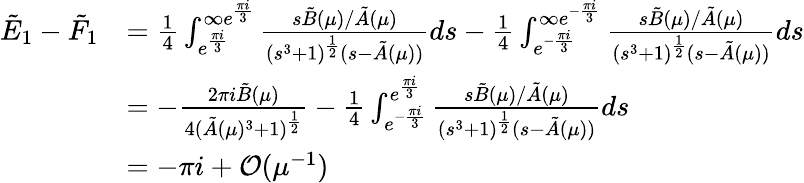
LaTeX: \begin{array}{rl}{\tilde{E}_{1}-\tilde{F}_{1}}&{=\frac{1}{4}\int_{e^{\frac{\pi i}{3}}}^{\infty e^{\frac{\pi i}{3}}}\frac{s\tilde{B}(\mu)/\tilde{A}(\mu)}{(s^{3}+1)^{\frac{1}{2}}(s-\tilde{A}(\mu))}ds-\frac{1}{4}\int_{e^{-\frac{\pi i}{3}}}^{\infty e^{-\frac{\pi i}{3}}}\frac{s\tilde{B}(\mu)/\tilde{A}(\mu)}{(s^{3}+1)^{\frac{1}{2}}(s-\tilde{A}(\mu))}ds}\\ &{=-\frac{2\pi i\tilde{B}(\mu)}{4(\tilde{A}(\mu)^{3}+1)^{\frac{1}{2}}}-\frac{1}{4}\int_{e^{-\frac{\pi i}{3}}}^{e^{\frac{\pi i}{3}}}\frac{s\tilde{B}(\mu)/\tilde{A}(\mu)}{(s^{3}+1)^{\frac{1}{2}}(s-\tilde{A}(\mu))}ds}\\ &{=-\pi i+\mathcal{O}(\mu^{-1})}\end{array}